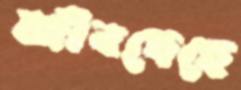
জীবদেহে